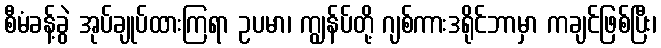
စီမံခန့်ခွဲ အုပ်ချုပ်ထားကြရာ ဥပမာ၊ ကျွန်ပ်တို့ ဂျစ်ကားဒရိုင်ဘာမှာ ကချင်ဖြစ်ပြီး၊